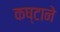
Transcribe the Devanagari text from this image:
कष्‍टाने